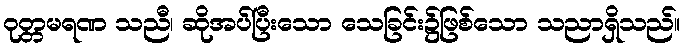
ဝုတ္တမရဏ သညီ၊ ဆိုအပ်ပြီးသော သေခြင်း၌ဖြစ်သော သညာရှိသည်။